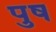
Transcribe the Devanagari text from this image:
पुष